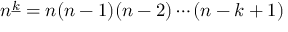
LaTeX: n ^ { \underline { { k } } } = n ( n - 1 ) ( n - 2 ) \cdots ( n - k + 1 )